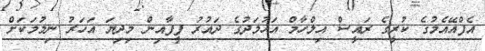
އެފްއޭއެމުގެ ކުރީގެ ރައީސް އިލްހާމް އަހުމަދުގެ ދައުރު ފީފާއިން މިދިޔަ އަހަރު ނިމުމަކަށް